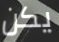
يكن